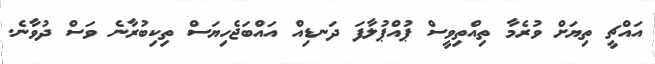
އައްޗީ ތިޔަށް ވުރެމާ ތިއްތިވީސް ޕުއްޕުލާފަ ދަނޑިއް އައްބަޖެހިޔަސް ތިކިބުރާނެ ވަސް ދުވާނެ.